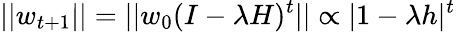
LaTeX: ||w_{t+1}||=||w_{0}(I-\lambda H)^{t}||\propto|1-\lambda h|^{t}